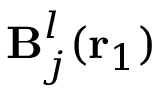
\mathbf { B } _ { j } ^ { l } ( { \mathbf { r } _ { 1 } } )